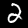
Digit: 2